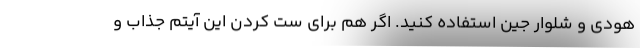
هودی و شلوار جین استفاده کنید. اگر هم برای ست کردن این آیتم جذاب و